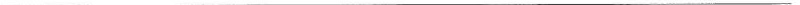
___